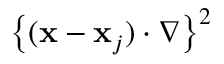
\left\{ ( { \bf x } - { \bf x } _ { j } ) \cdot \nabla \right\} ^ { 2 }